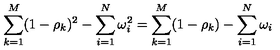
\sum _ { k = 1 } ^ { M } ( 1 - \rho _ { k } ) ^ { 2 } - \sum _ { i = 1 } ^ { N } \omega _ { i } ^ { 2 } = \sum _ { k = 1 } ^ { M } ( 1 - \rho _ { k } ) - \sum _ { i = 1 } ^ { N } \omega _ { i } \,